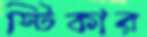
স্টিকার